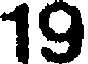
19